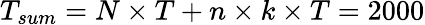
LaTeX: T_{sum}=N\times T+n\times k\times T=2000